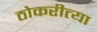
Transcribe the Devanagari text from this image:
ठोकरीत्या